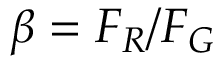
\beta = F _ { R } / F _ { G }